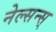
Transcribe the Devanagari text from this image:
नेल्सन्स्